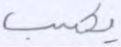
يكسب